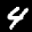
Label: 4